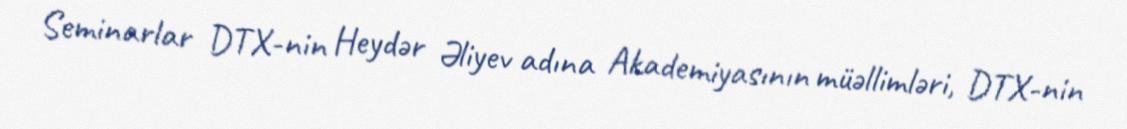
Seminarlar DTX-nin Heydər Əliyev adına Akademiyasının müəllimləri, DTX-nin